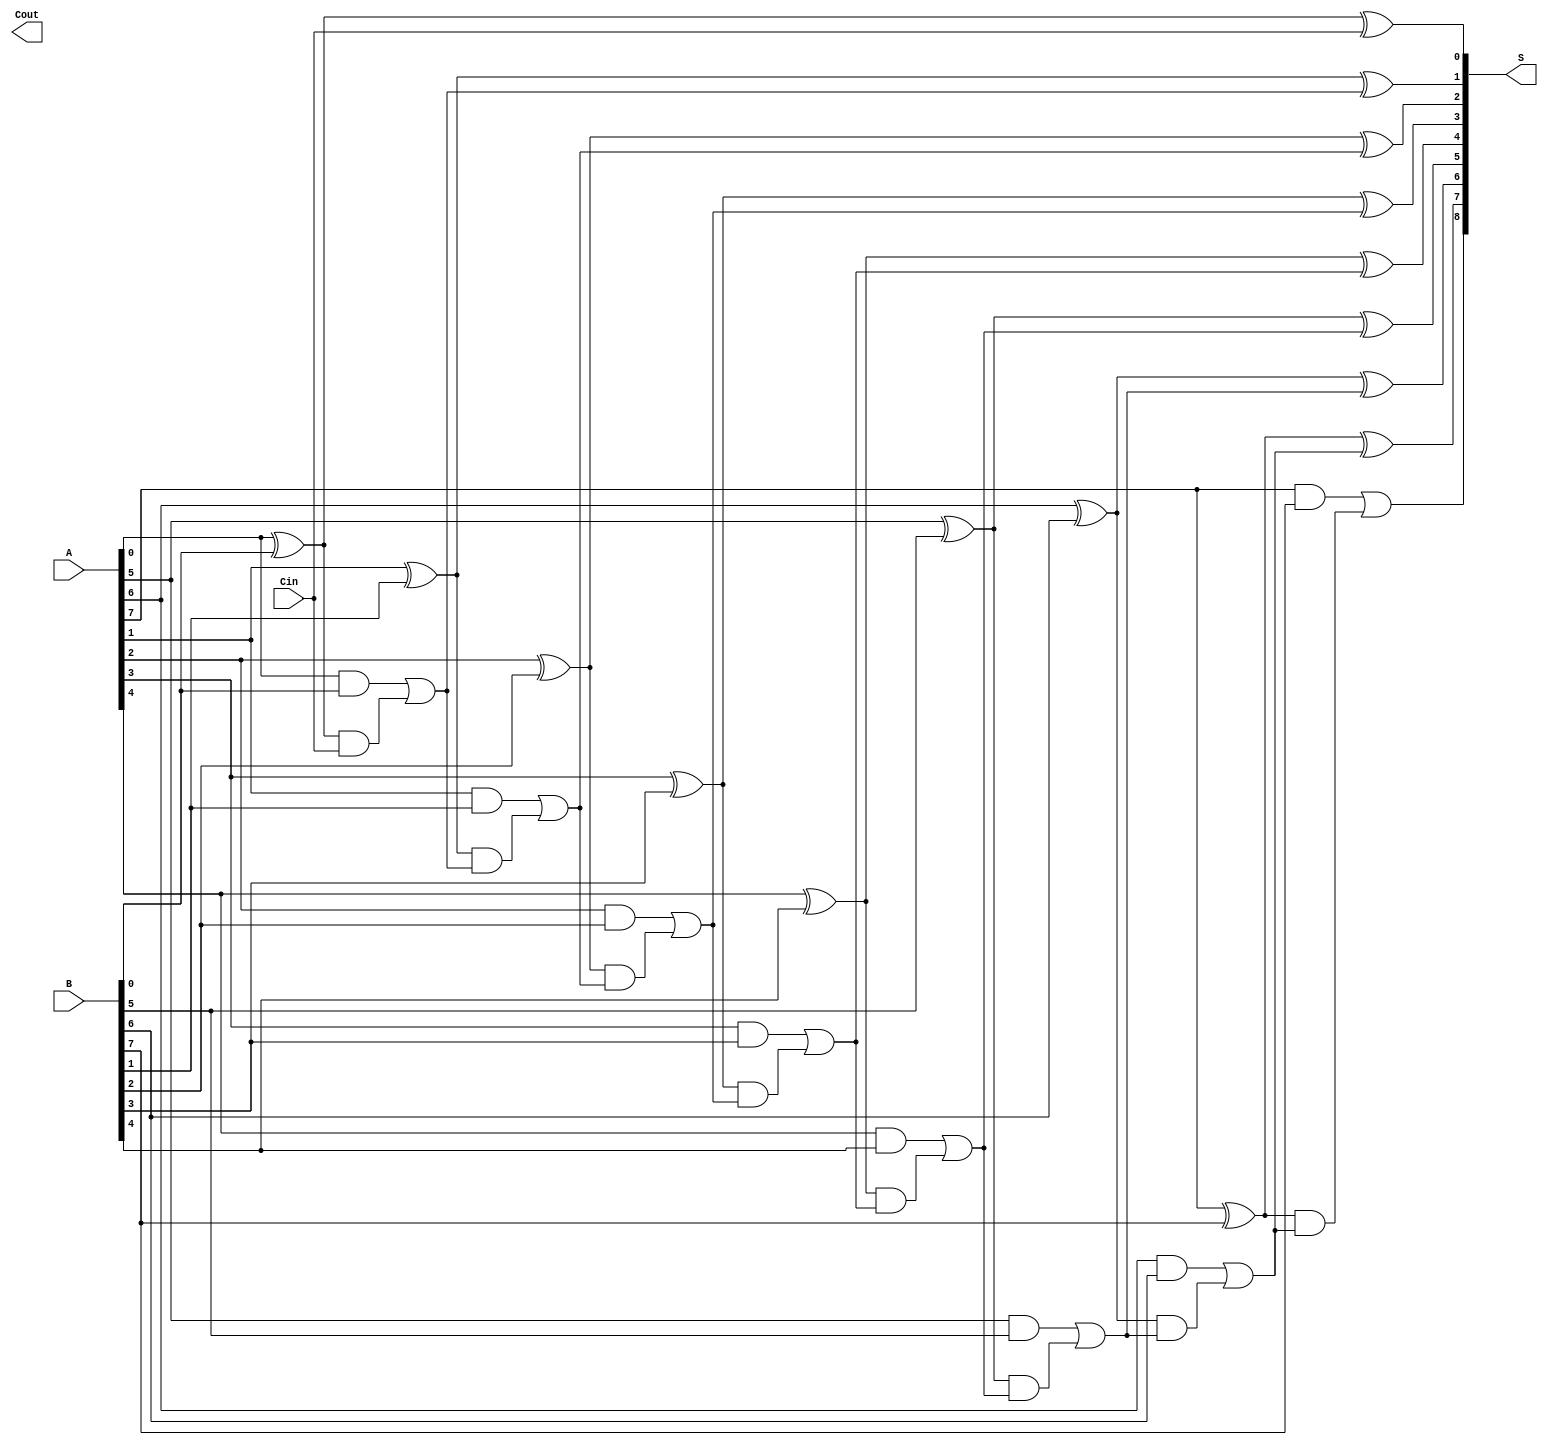
module PrecomputationCarryAdder #(parameter N = 8) (
    input wire [N-1:0] A,      // First n-bit input
    input wire [N-1:0] B,      // Second n-bit input
    input wire Cin,             // Carry-in
    output wire [N:0] S,       // (n+1)-bit output for sum
    output wire Cout            // Carry-out
);

// Generate (G) and Propagate (P) signals
wire [N-1:0] G;  // Generate signals
wire [N-1:0] P;  // Propagate signals
wire [N:0] C;    // Carry signals

// Generate signals: G[i] = A[i] & B[i]
genvar i;
generate
    for (i = 0; i < N; i = i + 1) begin : gen_logic
        assign G[i] = A[i] & B[i];
        assign P[i] = A[i] ^ B[i]; // Propagate signals: P[i] = A[i] ^ B[i]
    end
endgenerate

// Carry logic
assign C[0] = Cin; // Initial carry
generate
    for (i = 1; i <= N; i = i + 1) begin : carry_logic
        assign C[i] = G[i-1] | (P[i-1] & C[i-1]); // C[i] = G[i-1] + (P[i-1] * C[i-1])
    end
endgenerate

// Sum calculation: S[i] = A[i] ^ B[i] ^ C[i]
generate
    for (i = 0; i < N; i = i + 1) begin : sum_logic
        assign S[i] = P[i] ^ C[i]; // S[i] = P[i] ^ C[i]
    end
endgenerate

assign S[N] = C[N]; // Carry-out is the last carry

endmodule